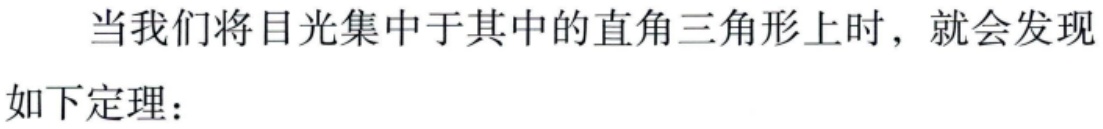
当我们将目光集中于其中的直角三角形上时，就会发现如下定理：